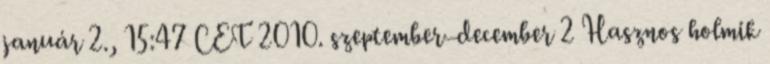
január 2., 15:47 CET 2010. szeptember–december 2 Hasznos holmik